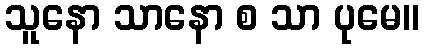
သူနော သာနော စ သာ ပုမေ။